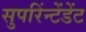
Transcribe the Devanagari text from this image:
सुपरिंन्टेंडेंट